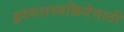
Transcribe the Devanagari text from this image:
हृदयशस्त्रक्रियेसाठी